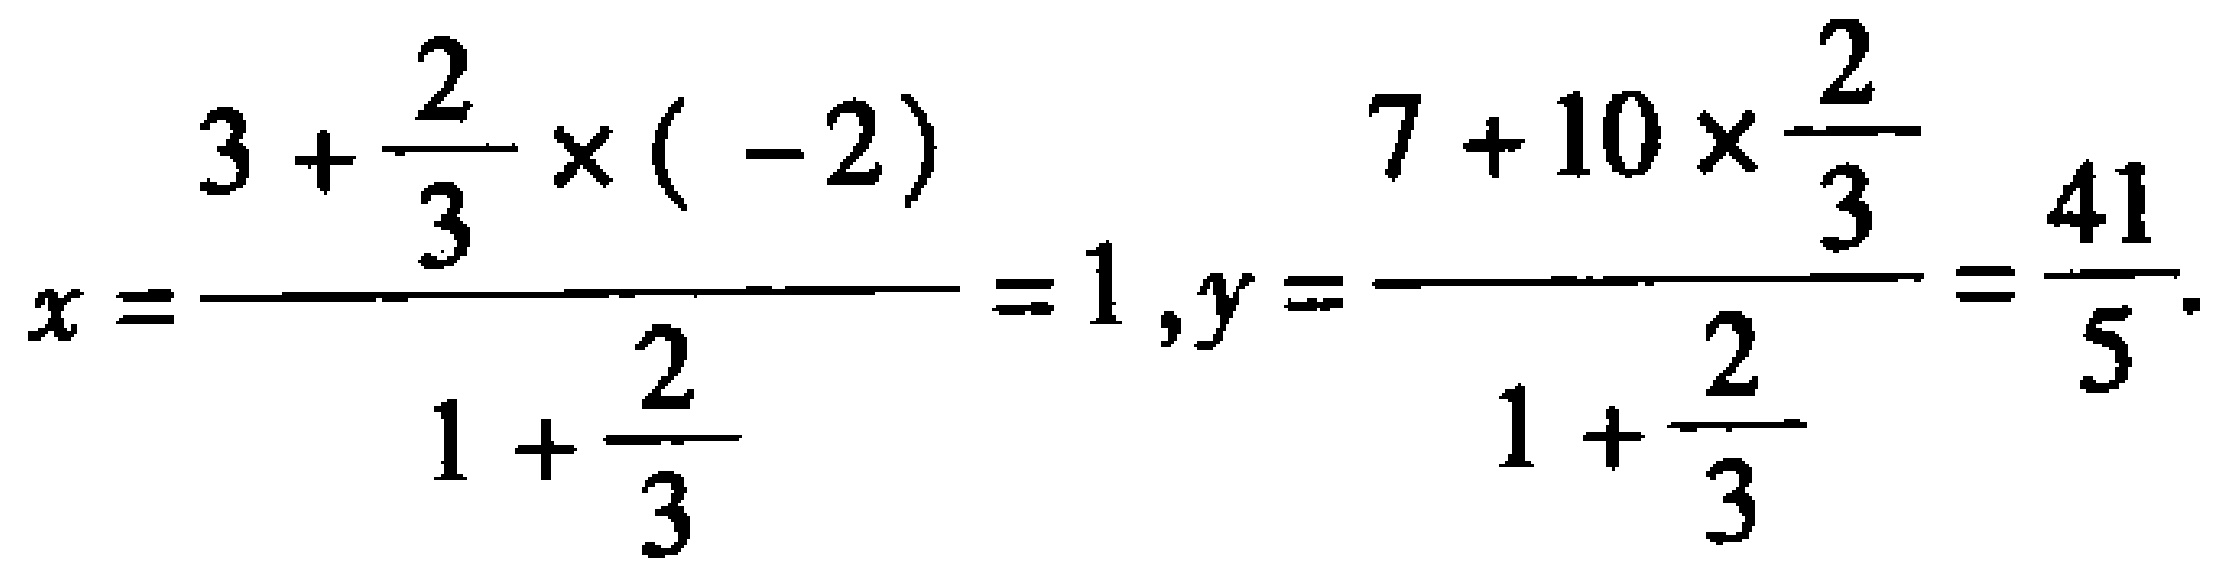
\(x = \frac{3 + \frac{2}{3} \times (-2)}{1 + \frac{2}{3}} = 1 , y = \frac{7 + 10 \times \frac{2}{3}}{1 + \frac{2}{3}} = \frac{41}{5}\)